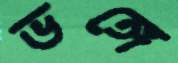
ভঙ্গে